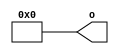
// This program was cloned from: https://github.com/chipsalliance/UHDM-integration-tests
// License: Apache License 2.0

/* Generated by Yosys 0.27+9 (git sha1 101d19bb6, gcc 11.2.0-7ubuntu2 -fPIC -Os) */

(* top =  1  *)

module bsg_tielo(o);
  
  output [15:0] o;
  wire [15:0] o;
  assign o = 16'h0000;
endmodule